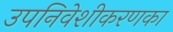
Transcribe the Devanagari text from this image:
उपनिवेशीकरणका